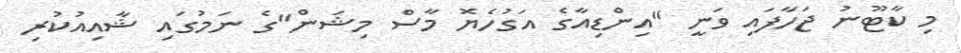
މި ކާޓޫނު ޖަހާފައި ވަނީ "އިންޑިއާގެ އަގުހެޔޮ މާސް މިޝަން"ގެ ނަމުގައި ޝާއިއުކުރި